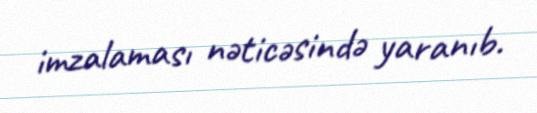
imzalaması nəticəsində yaranıb.